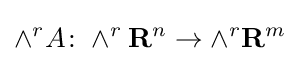
\wedge ^{r}A\colon \wedge ^{r}\mathbf {R} ^{n}\to \wedge ^{r}\mathbf {R} ^{m}